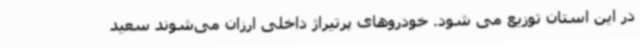
در این استان توزیع می شود. خودروهای پرتیراژ داخلی ارزان می‌شوند سعید